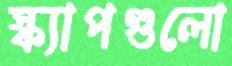
স্ক্যাপগুলো